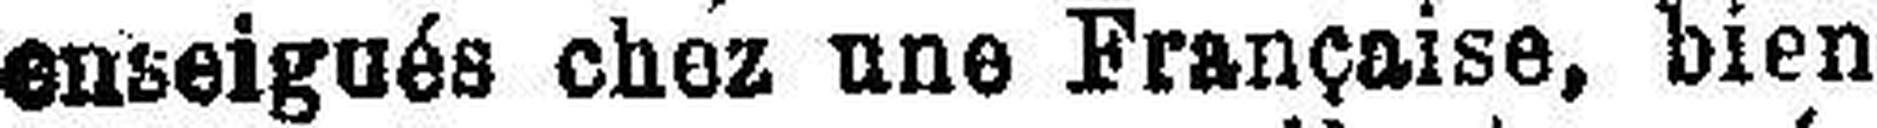
enseigués chez une Française, bien